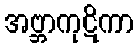
အဗ္ဘာကုဋိကာ